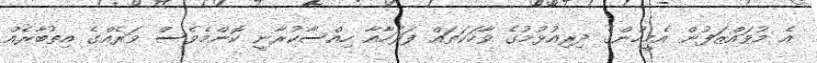
އެ މުވައްޒަފުން އެމީހުންގެ ދިރިއުޅުމުގެ ވާހަކަތައް ފަރަހާއާ ހިއްސާކުރާނީ ކޮންމެވެސް ވަރެއްގެ އިތުބާރެއް